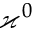
\varkappa ^ { 0 }